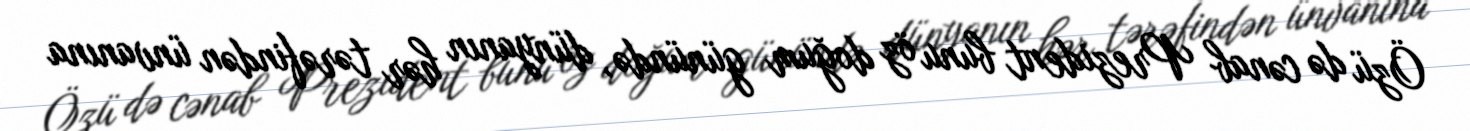
Özü də cənab Prezident bunu öz doğum günündə, dünyanın hər tərəfindən ünvanına